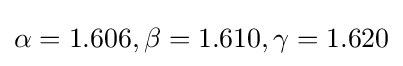
\alpha =1.606,\beta =1.610,\gamma =1.620